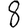
Digit: 8